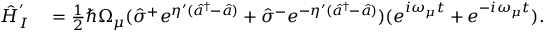
\begin{array} { r l } { \hat { H } _ { I } ^ { ' } } & { { } = \frac { 1 } { 2 } \hbar \Omega _ { \mu } ( \hat { \sigma } ^ { + } e ^ { \eta ^ { \prime } ( \hat { a } ^ { \dagger } - \hat { a } ) } + \hat { \sigma } ^ { - } e ^ { - \eta ^ { \prime } ( \hat { a } ^ { \dagger } - \hat { a } ) } ) ( e ^ { i \omega _ { \mu } t } + e ^ { - i \omega _ { \mu } t } ) . } \end{array}